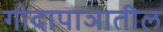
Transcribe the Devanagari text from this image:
गोदापाञातील